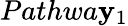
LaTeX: Pathwa\mathbf{y}_{1}